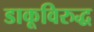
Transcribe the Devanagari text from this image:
डाकूविरुद्ध